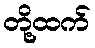
တို့ထက်